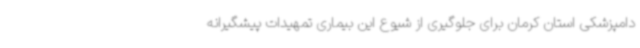
دامپزشکی استان کرمان برای جلوگیری از شیوع این بیماری تمهیدات پیشگیرانه